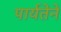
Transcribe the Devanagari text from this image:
पार्यतेने